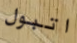
اتبول